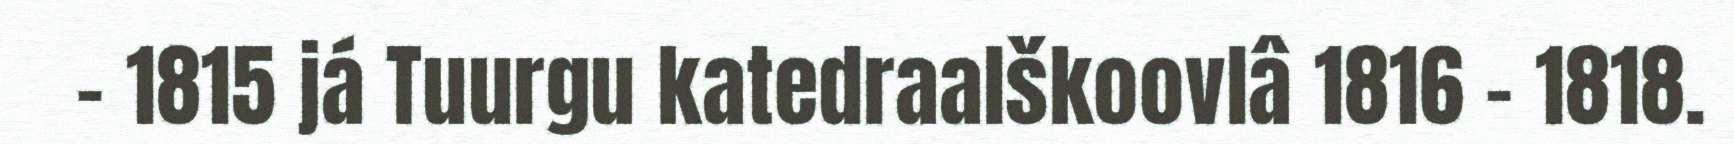
- 1815 já Tuurgu katedraalškoovlâ 1816 - 1818.